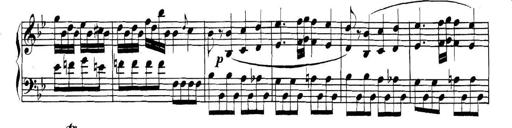
Title: Collected Piano Sonatas
Composer: Muzio Clementi